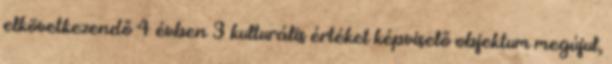
elkövetkezendő 4 évben 3 kulturális értéket képviselő objektum megújul,